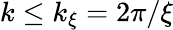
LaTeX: k\le k_{\xi}=2\pi/\xi